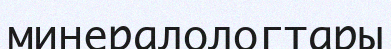
минералологтары